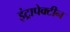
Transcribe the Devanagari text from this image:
इंट्रापेक्टीन